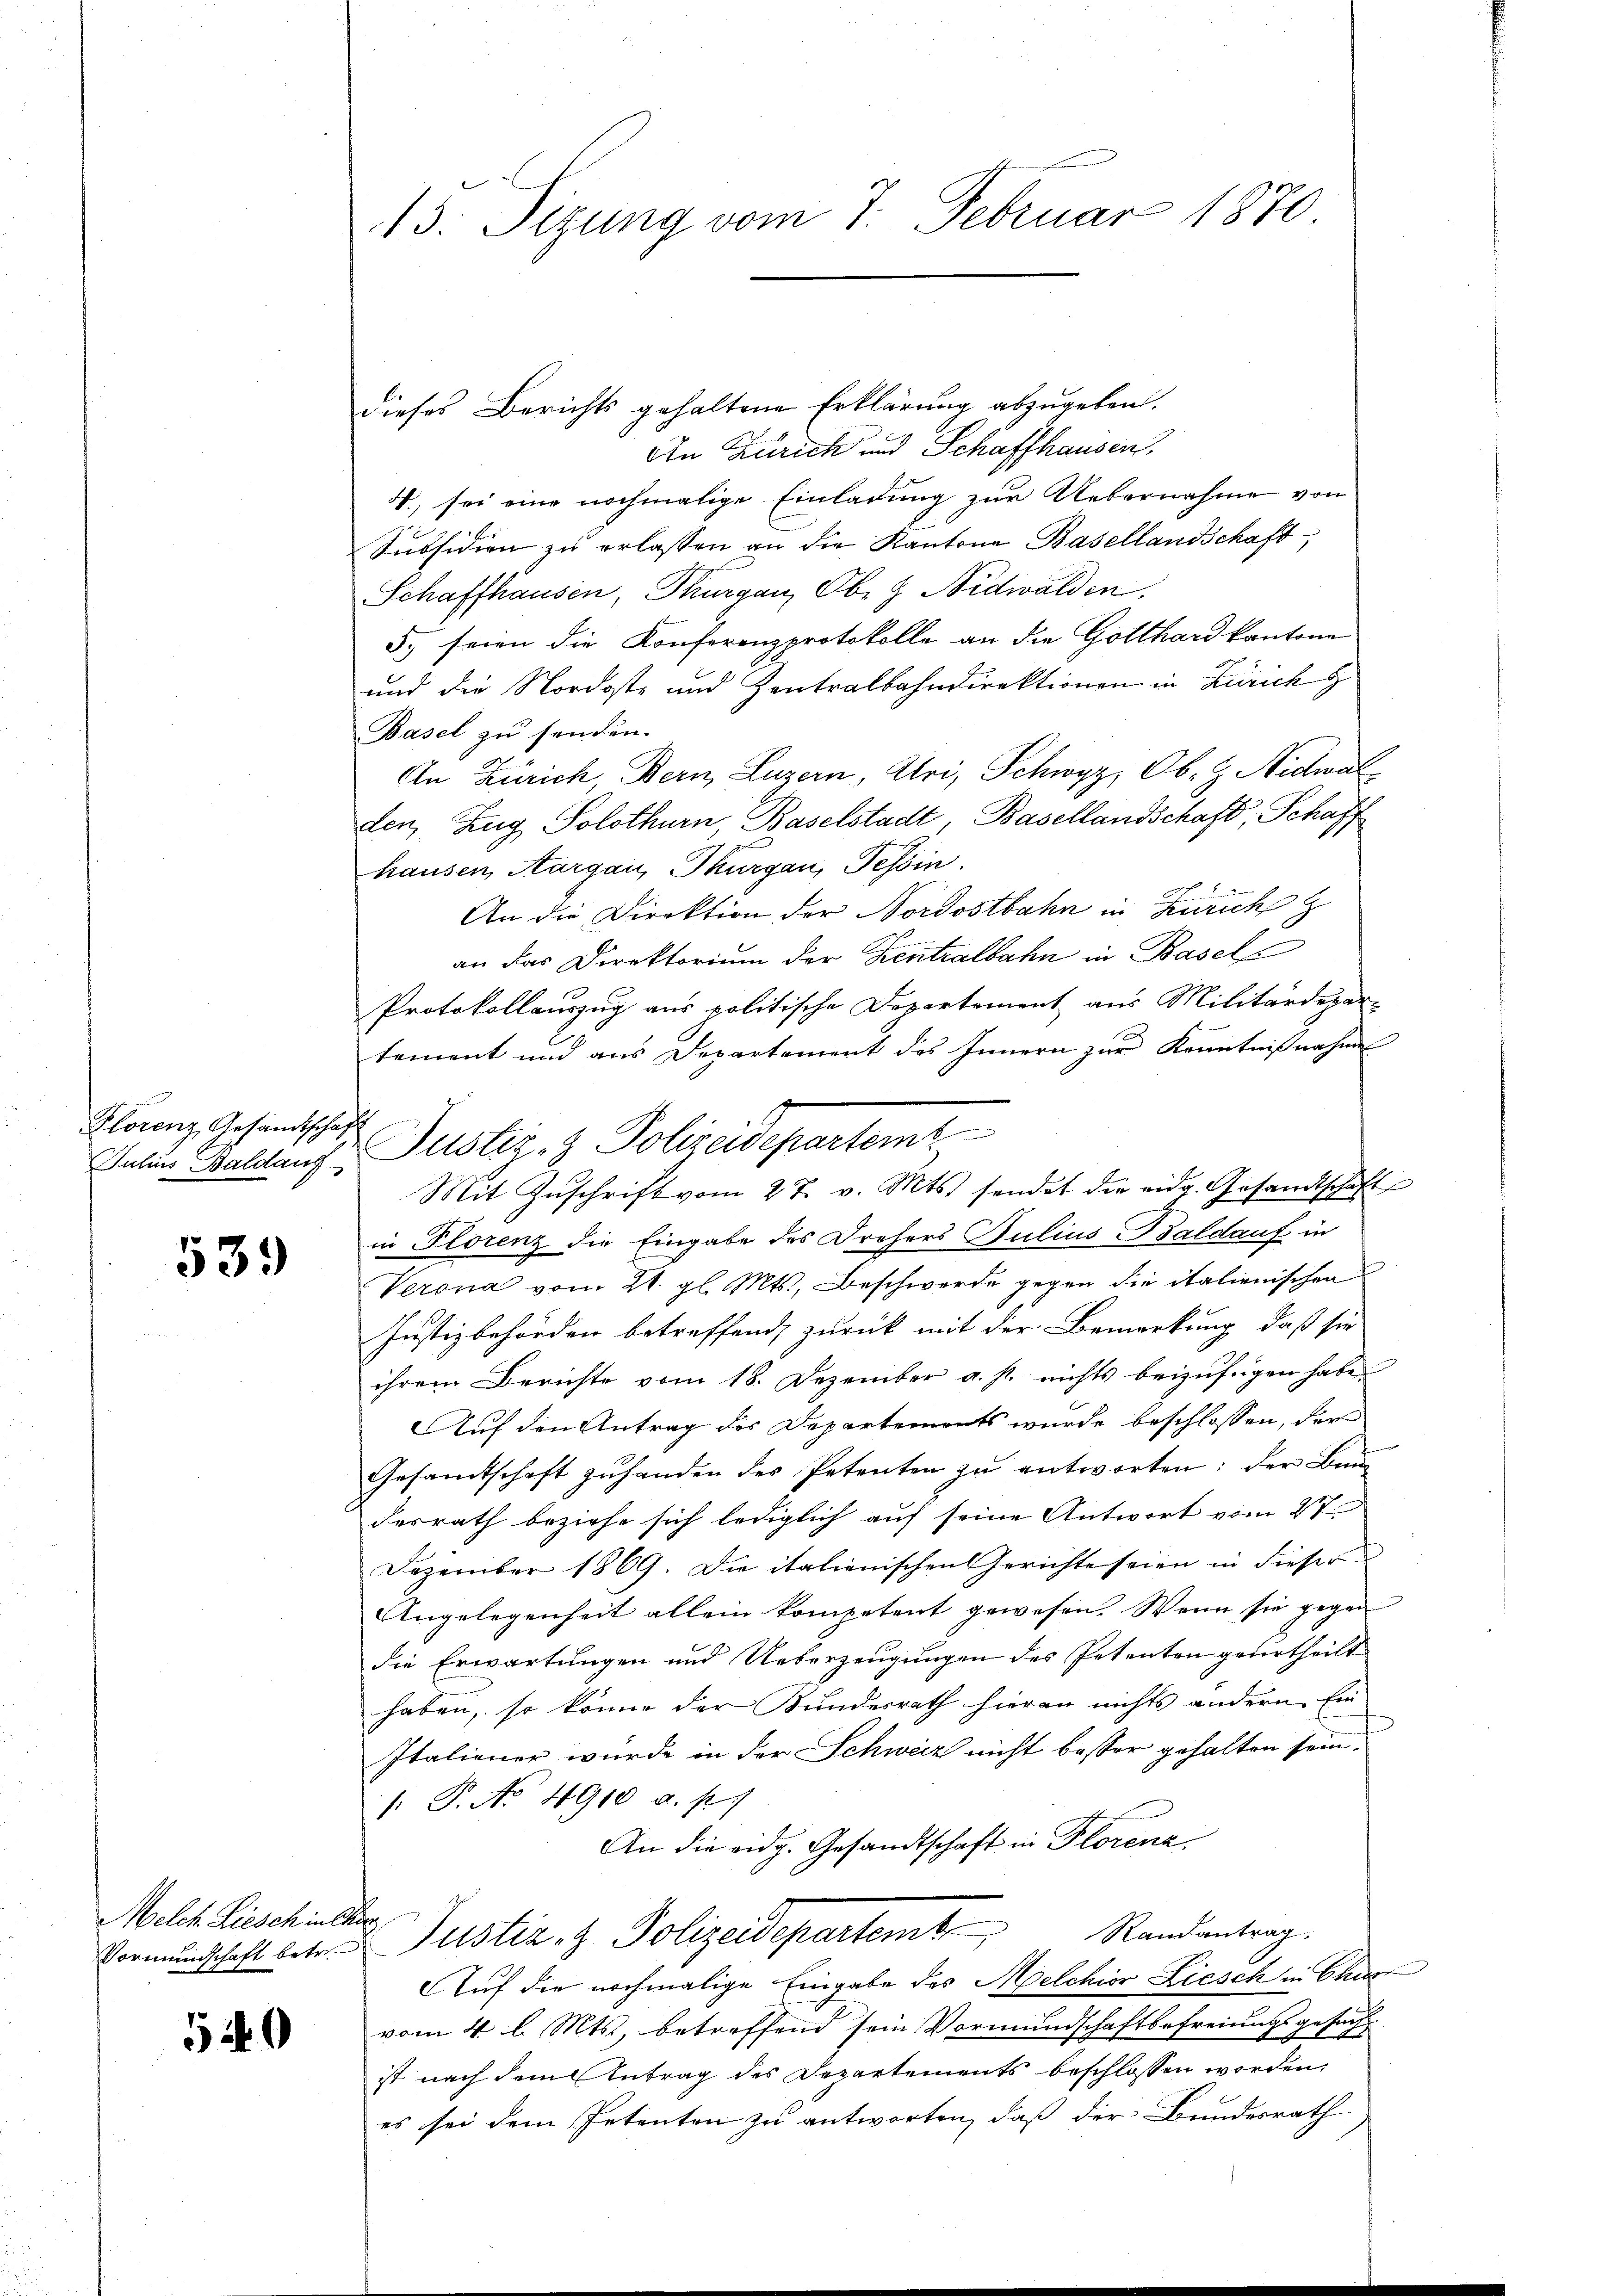
Florenz, Gesandtschaft

539

Melch Liesch in Charg

520

13. Sizung vom 7. Februar 1870.

dieses Berichts gehaltene Erklärung abzugeben.
An Zürich und Schaffhausen.
4., sei eine nochmalige Einladung zur Uebernahme von
Subsidien zu erlassen an die Kantone Basellandschaft,
Schaffhausen, Thurgau, Obe & Nidwalden,
5. seien die Konferenzprotokolle an die Gotthard kantone
und die Nordoste und Zentralbahndirektionen in Zürich z
Basel zu senden.
An Zürich, Bern, Luzern, Uri, Schwyz, Ob. Z. Nidwal
den, Zug Solothurn, Baselstadt, Basellandschaft, Schaff
hausen, Aargau, Thurgau, Tessin.
An die Direktion der Nordostbahn in Zürich z
an das Direktorium der Zentralbahn in Basel
Protokollauszug aus politische Departement aus Militärdepar-
tement und aus Departement des Innern zur Kenntnißnahme
Mit Zŭschrift vom 27. v. Mts. sendet die eidg. Gesandtschaft
in Florenz die Eingabe des Drohers Bulius Baldauf in
Verona vom 21. gl. Mts., Beschwerde gegen die italienischen
Justizbehörden betreffend, zurück mit der Bemerkung, daß sie
ihrem Berichte vom 18. Dezember a. s. nichts beizufrigen habe.
Auf den Antrag des Departements wurde beschlossen, der
Gesandtschaft zŭ handen des Petenten zŭ entworten: der Baŭ-
desrath beziehe sich lediglich auf seine Antwort vom 27.
Dezember 1869. Die italienischen Gerichte seien in dieser
Angelegenheit allein kompetent gewesen. Wenn sie gegen
die Erwartungen und Ueberzeugungen des Petenten geurtheilt
haben, so könne der Bundesrath hieran nichts andern. Ein
Italiener wurde in der Schweiz nicht besser gehalten sein.
/. P. No. 4910 a. p.
An die eidg. Gesandtschaft in Florenz
Vormundschaft betr. Justiz- & Polizeidepartem Randantrag.
Auf die nochmalige Eingabe des Melchior Liesch in Chur
rsch
vom 4. l. Mts., betreffend sein Vormundschaftbefreiungsg
ist nach dem Antrag des Departements beschlossen worden.
es sei dem Petenten zu antworten, daß der Bundesrath

Julian Waldauf Justiz- & Polizeidepartemt